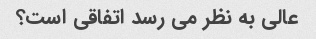
عالی به نظر می رسد اتفاقی است؟